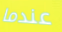
عندما